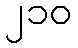
၂၁၀